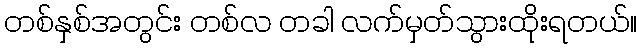
တစ်နှစ်အတွင်း တစ်လ တခါ လက်မှတ်သွားထိုးရတယ်။